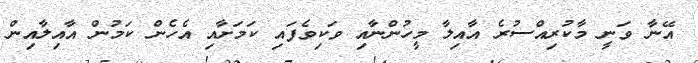
އޭނާ ވަނީ މާކުރިއްސުރެ އާއިލާ މީހުންނާއި ވަކިވެފައި ކަމަށާއި އެހެން ކަމުން އާއިލާއިން